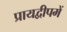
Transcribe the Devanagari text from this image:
प्रायद्वीपमें